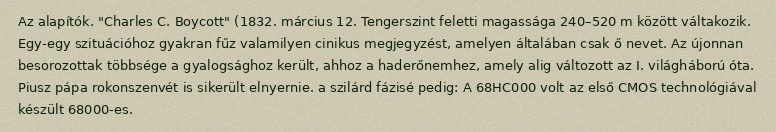
Az alapítók. "Charles C. Boycott" (1832. március 12. Tengerszint feletti magassága 240–520 m között váltakozik. Egy-egy szituációhoz gyakran fűz valamilyen cinikus megjegyzést, amelyen általában csak ő nevet. Az újonnan besorozottak többsége a gyalogsághoz került, ahhoz a haderőnemhez, amely alig változott az I. világháború óta. Piusz pápa rokonszenvét is sikerült elnyernie. a szilárd fázisé pedig: A 68HC000 volt az első CMOS technológiával készült 68000-es.